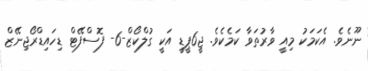
ނޫނެވެ. އެކަމަކު މިއީ ވާރުތަވާ ކަމެކެވެ. ޖީ6ޕީޑީ އަކީ ގުލްކޯޒް-6- ފޮސްފޭޓް ޑިހައިޑްރޯޖިނޭޒް